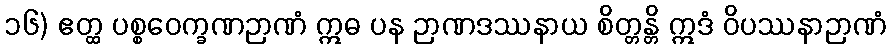
၁၆) ဧတ္ထ ပစ္စဝေက္ခဏဉာဏံ ဣဓ ပန ဉာဏဒဿနာယ စိတ္တန္တိ ဣဒံ ဝိပဿနာဉာဏံ